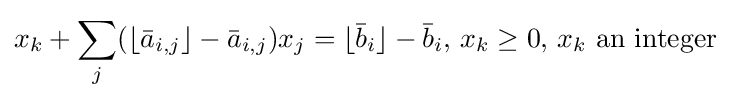
x_{k}+\sum _{j}(\lfloor {\bar {a}}_{i,j}\rfloor -{\bar {a}}_{i,j})x_{j}=\lfloor {\bar {b}}_{i}\rfloor -{\bar {b}}_{i},\,x_{k}\geq 0,\,x_{k}{\mbox{ an integer}}